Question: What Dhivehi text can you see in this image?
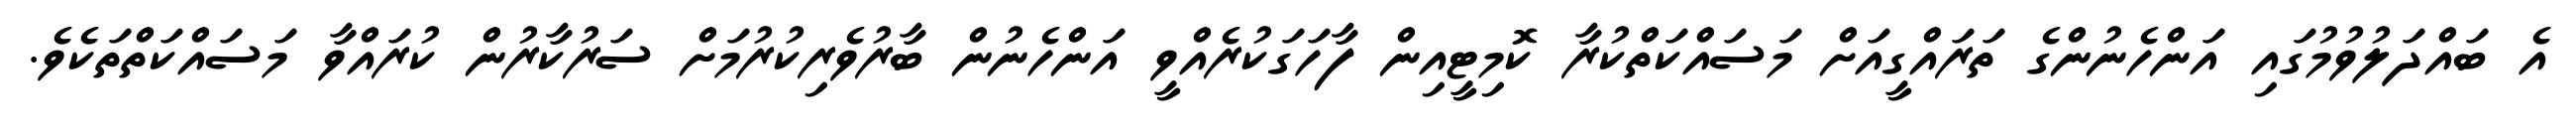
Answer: އެ ބައްދަލުވުމުގައި އަންހެނުންގެ ތަރައްގީއަށް މަސައްކަތްކުރާ ކޮމިޓީއިން ފާހަގަކުރެއްވީ އަންހެނުން ބާރުވެރިކުރުމަށް ސަރުކާރުން ކުރައްވާ މަސައްކަތްތަކެވެ.